Report of the veterinary officer investigating camel disease
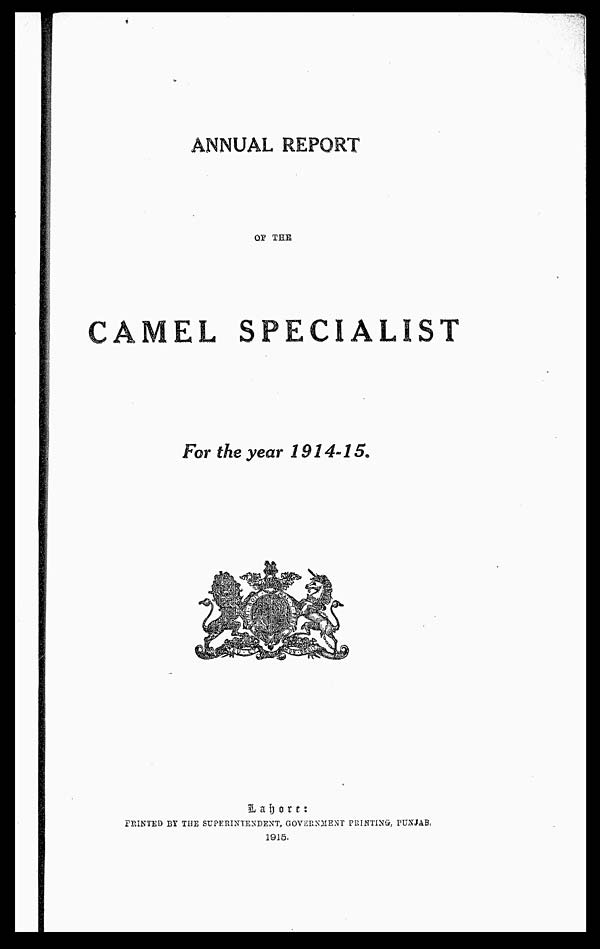
ANNUAL REPORT
OF THE
CAMEL SPECIALIST
For the year 1914-15.
L a h o r e:
PRINTED BY THE SUPERINTENDENT, GOVERNMENT PRINTING, PUNJAB,
1915.